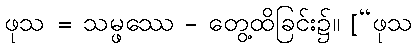
ဖုသ = သမ္ဖဿေ - တွေ့ထိခြင်း၌။ [“ဖုသ